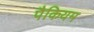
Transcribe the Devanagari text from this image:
पैकियम